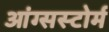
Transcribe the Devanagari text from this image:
आंग्सस्टोर्म